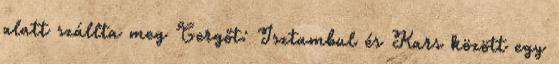
alatt szállta meg Gergőt: Isztambul és Kars között egy